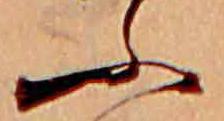
ふ